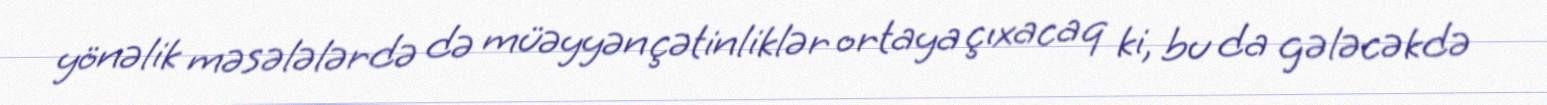
yönəlik məsələlərdə də müəyyən çətinliklər ortaya çıxacaq ki, bu da gələcəkdə